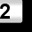
Digit: 2